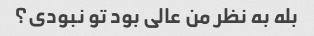
بله به نظر من عالی بود تو نبودی؟